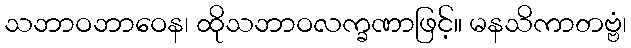
သဘာဝဘာဝေန၊ ထိုသဘာဝလက္ခဏာဖြင့်။ မနသိကာတဗ္ဗံ၊